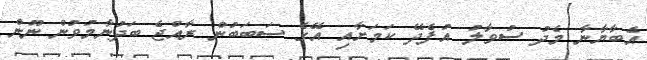
އެބާޔާނާ މެދު ސުވާލު އުފެދޭ ކަމަށާއި އޭގެ ސަބަބުން ރާއްޖެ ބަދުނާމުވުން ނޫން